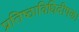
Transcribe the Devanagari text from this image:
प्रतिष्ठाविधिदीपक।